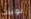
نوبات